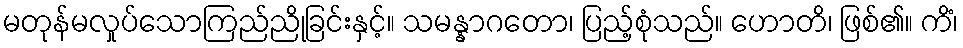
မတုန်မလှုပ်သောကြည်ညိုခြင်းနှင့်။ သမန္နာဂတော၊ ပြည့်စုံသည်။ ဟောတိ၊ ဖြစ်၏။ ကိံ၊